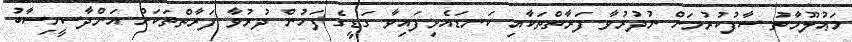
މަޢުލޫމާތު ސާފުކުރުމަށް ނުދުރުވާ ފަރާތްތަކާއި ކަނޑައެޅިފައިވާ ގަޑީގެ ފަހުން ދުރުވާ ފަރާތްތަކަށް އަންދާސީހިސާބު